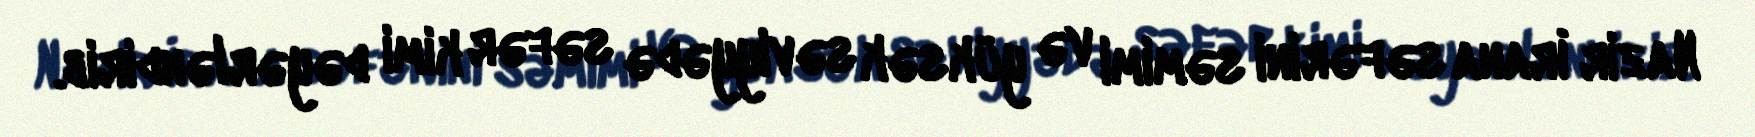
Nazir İrana səfərini səmimi və yüksək səviyyədə səfər kimi dəyərləndirib.